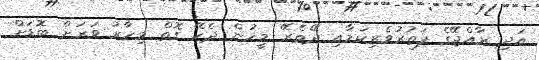
އަދި ރާއްޖޭގެ ފަތުރުވެރިކަމާއި ދޭތެރޭ މީހުން ދެކޭ ގޮތް މިހާރު ވަރަށް ބޮޑަށް